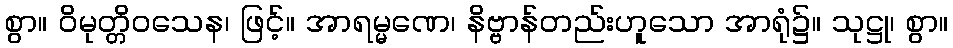
စွာ။ ဝိမုတ္တိဝသေန၊ ဖြင့်။ အာရမ္မဏေ၊ နိဗ္ဗာန်တည်းဟူသော အာရုံ၌။ သုဋ္ဌု၊ စွာ။